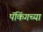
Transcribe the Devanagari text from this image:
पॅकिंगच्या